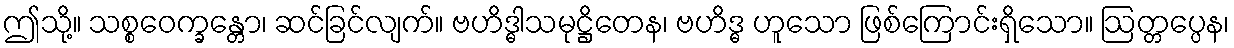
ဤသို့။ သစ္စဝေက္ခန္တော၊ ဆင်ခြင်လျက်။ ဗဟိဒ္ဓါသမုဋ္ဌိတေန၊ ဗဟိဒ္ဓ ဟူသော ဖြစ်ကြောင်းရှိသော။ ဩတ္တပ္ပေန၊